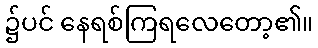
၌ပင် နေရစ်ကြရလေတော့၏။